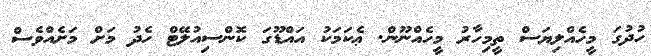
ހުދުގަ މީހެއްލިޔަސް ތީމިހާރު މީހެއްނޫން. ޢެކަމަކު އައްޑޫގަ ކޮންސިއުލޭޓް ހެދު މަށް މަށެއްވެސް